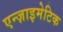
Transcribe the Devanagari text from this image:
एन्ज़ाइमेटिक